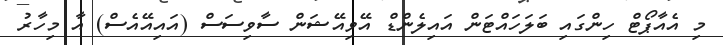
މި އެއާޕޯޓް ހިންގައި ބަލަހައްޓަން އައިލެންޑް އޭވިއޭޝަން ސާވިސަސް (އައިއޭއެސް) އާ މިހާރު